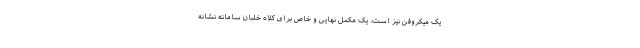
یک میکروفن نیز است. یک مکمل نهایی و خاص برای کلاه خلبان سامانه نشانه